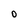
Character: O